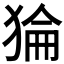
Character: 𰡛